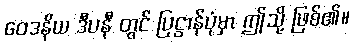
ဝေဒနိယ ဒီပနီ တွင် ပြဋ္ဌာန်ပုံမှာ ဤသို့ ဖြစ်၏။